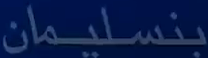
بنسليمان